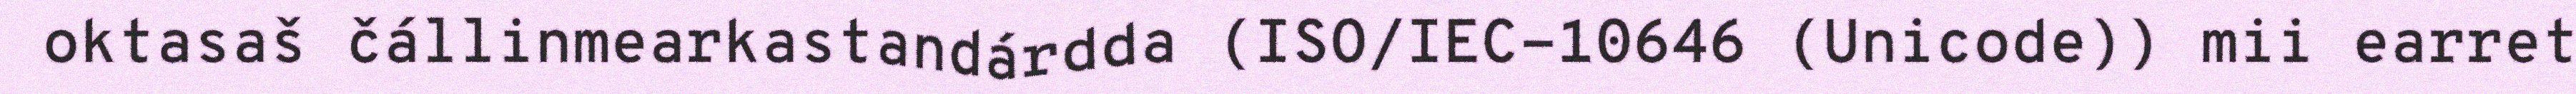
oktasaš čállinmearkastandárdda (ISO/IEC-10646 (Unicode)) mii earret